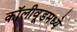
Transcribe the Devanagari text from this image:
कॉलीवूडमध्ये